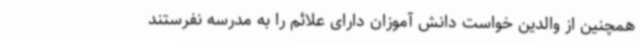
همچنین از والدین خواست دانش آموزان دارای علائم را به مدرسه نفرستند